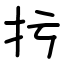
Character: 扝